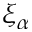
\xi _ { \alpha }